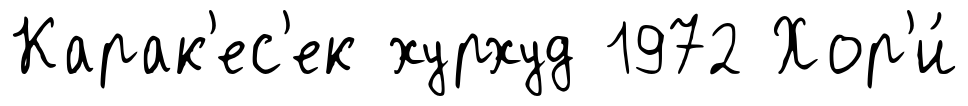
Карак'ес'ек хурхуд 1972 Хор'и́